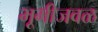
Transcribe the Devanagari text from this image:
भूमीजवळ